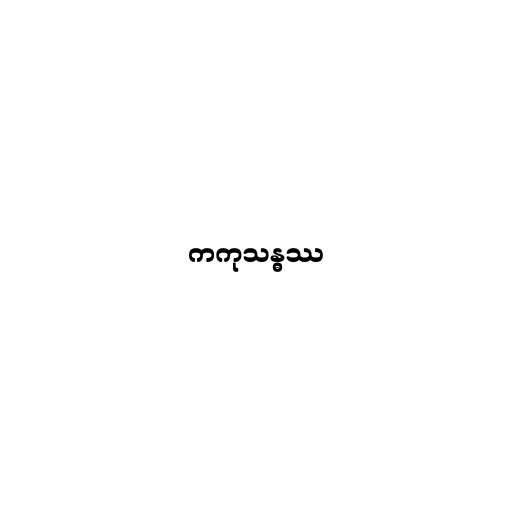
ကကုသန္ဓဿ